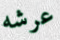
عرشه